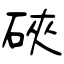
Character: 硤